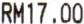
RM17.00